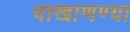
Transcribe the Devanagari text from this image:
वाखाणण्या